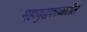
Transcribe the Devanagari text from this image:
महायुद्धकाळातील